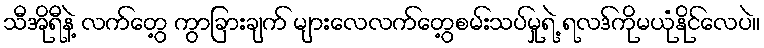
သီအိုရီနဲ့ လက်တွေ့ ကွာခြားချက် များလေလက်တွေ့စမ်းသပ်မှုရဲ့ ရလဒ်ကိုမယုံနိုင်လေပဲ။